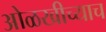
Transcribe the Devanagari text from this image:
ओळखीच्याच